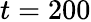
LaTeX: t=200